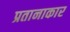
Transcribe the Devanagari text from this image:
प्रतानाकार